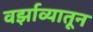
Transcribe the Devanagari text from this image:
वर्झाव्यातून